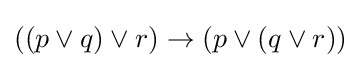
((p\vee q)\vee r)\rightarrow (p\vee (q\vee r))